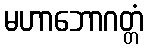
မဟာဘောဂတ္တံ